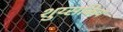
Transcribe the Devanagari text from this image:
शुय्सकिय